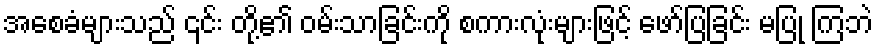
အစေခံများသည် ၎င်း တို့၏ ဝမ်းသာခြင်းကို စကားလုံးများဖြင့် ဖော်ပြခြင်း မပြု ကြဘဲ